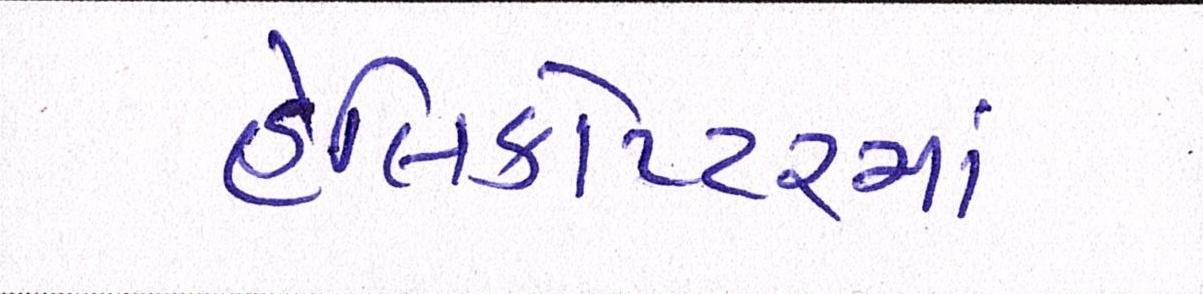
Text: હેલિકોપ્ટરમાં